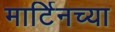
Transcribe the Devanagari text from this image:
मार्टिनच्या